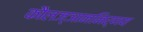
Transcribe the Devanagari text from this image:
कौलज्ञाननिर्णय